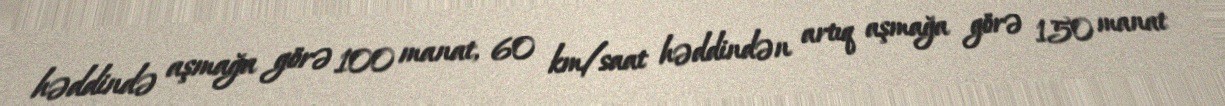
həddində aşmağa görə 100 manat, 60 km/saat həddindən artıq aşmağa görə 150 manat